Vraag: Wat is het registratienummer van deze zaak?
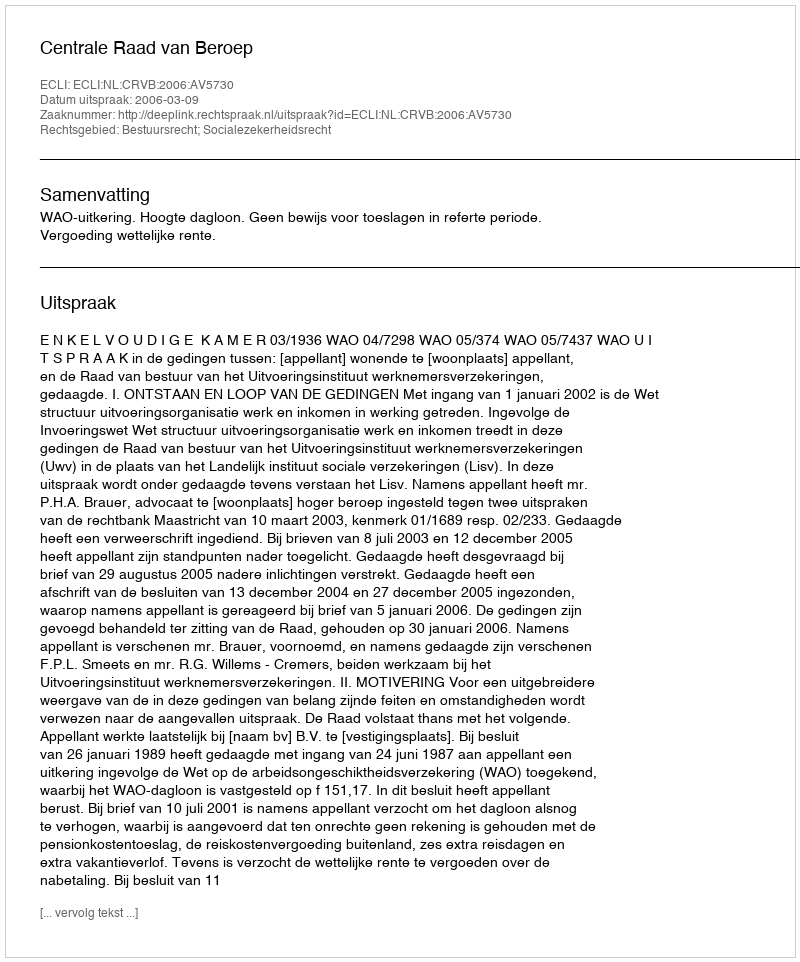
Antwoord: http://deeplink.rechtspraak.nl/uitspraak?id=ECLI:NL:CRVB:2006:AV5730